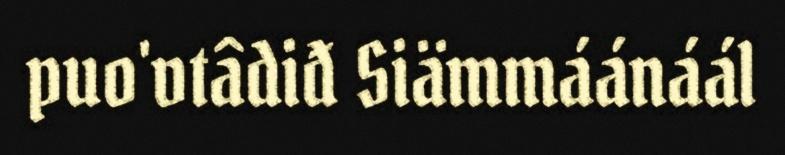
puo'vtâdiđ Siämmáánáál